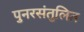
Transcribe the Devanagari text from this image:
पुनरसंतुलित